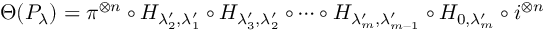
\begin{array} { r } { \Theta ( P _ { \lambda } ) = \pi ^ { \otimes n } \circ H _ { \lambda _ { 2 } ^ { \prime } , \lambda _ { 1 } ^ { \prime } } \circ H _ { \lambda _ { 3 } ^ { \prime } , \lambda _ { 2 } ^ { \prime } } \circ \cdots \circ H _ { \lambda _ { m } ^ { \prime } , \lambda _ { m - 1 } ^ { \prime } } \circ H _ { 0 , \lambda _ { m } ^ { \prime } } \circ i ^ { \otimes n } } \end{array}